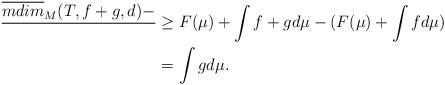
LaTeX: \begin{align*}\overline{{mdim}}_M(T,f+g,d)-\over&\geq F(\mu)+\int f+gd\mu -(F(\mu)+\int fd\mu)\\&=\int gd\mu.\end{align*}